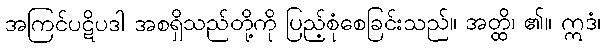
အကြင်ပဋိပဒါ အစရှိသည်တို့ကို ပြည့်စုံစေခြင်းသည်။ အတ္ထိ၊ ၏။ ဣဒံ၊